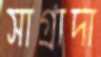
সাগ্রাদা